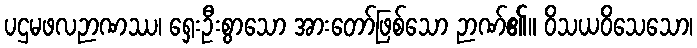
ပဌမဖလဉာဏဿ၊ ရှေးဦးစွာသော အားတော်ဖြစ်သော ဉာဏ်၏။ ဝိသယဝိသေသော၊